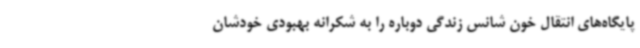
پایگاه‌های انتقال خون شانس زندگی دوباره را به شکرانه بهبودی خودشان